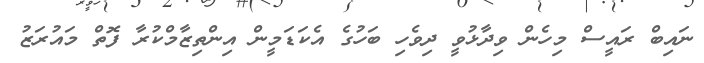
ނައިބް ރައީސް މިހެން ވިދާޅުވީ ދިވެހި ބަހުގެ އެކަޑަމީން އިންތިޒާމްކުރާ ފޮތް މައުރަޒު